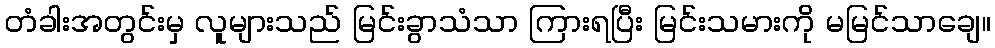
တံခါးအတွင်းမှ လူများသည် မြင်းခွာသံသာ ကြားရပြီး မြင်းသမားကို မမြင်သာချေ။